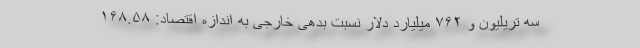
سه تریلیون و ۷۶۲ میلیارد دلار نسبت بدهی خارجی به اندازه اقتصاد: ۱۶۸.۵۸